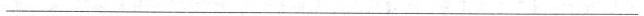
___